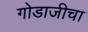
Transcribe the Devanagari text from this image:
गोडाजीचा